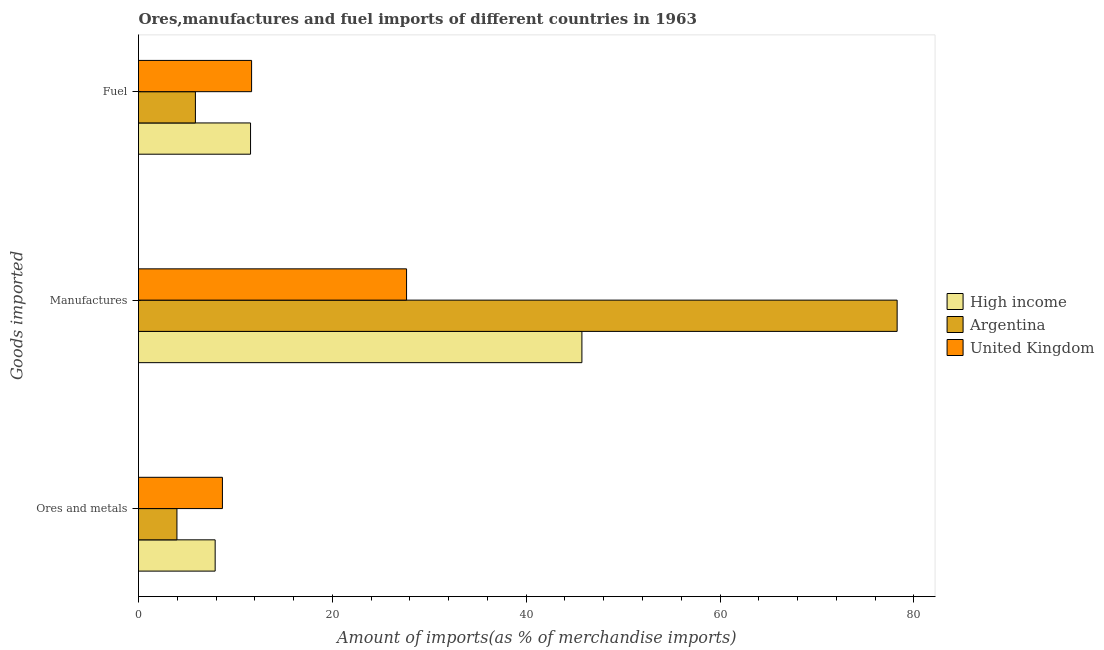
| Goods imported | High income | Argentina | United Kingdom |
 | --- | --- | --- | --- |
 | Ores and metals | 7.91 | 3.96 | 8.66 |
 | Manufactures | 45.7 | 78.3 | 27.7 |
 | Fuel | 11.6 | 5.87 | 11.7 |